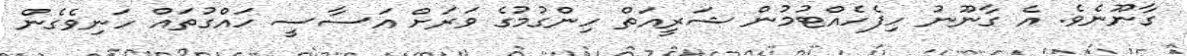
ގާނޫނެވެ. އެ ގާނޫނު ހިފެހެއްޓުމުން ޝަރީއަތް ހިންގުމުގެ ވަރަށް އަސާސީ ހައްގުތައް ހަނިވެގެން